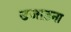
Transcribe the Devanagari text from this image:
उजाड़ना